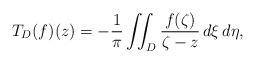
LaTeX: \begin{align*}T_D(f)(z) = -\frac{1}{\pi} \iint_D \frac{f(\zeta)}{\zeta - z}\, d\xi\,d\eta,\end{align*}